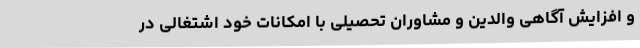
و افزایش آگاهی والدین و مشاوران تحصیلی با امکانات خود اشتغالی در